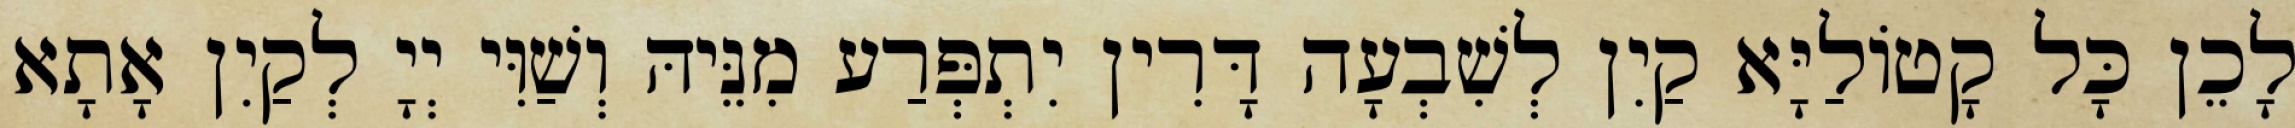
לָכֵן כָּל קָטוֹלַיָּא קַיִן לְשִׁבְעָה דָּרִין יִתְפְּרַע מִנֵּיהּ וְשַׁוִּי יְיָ לְקַיִן אָתָא